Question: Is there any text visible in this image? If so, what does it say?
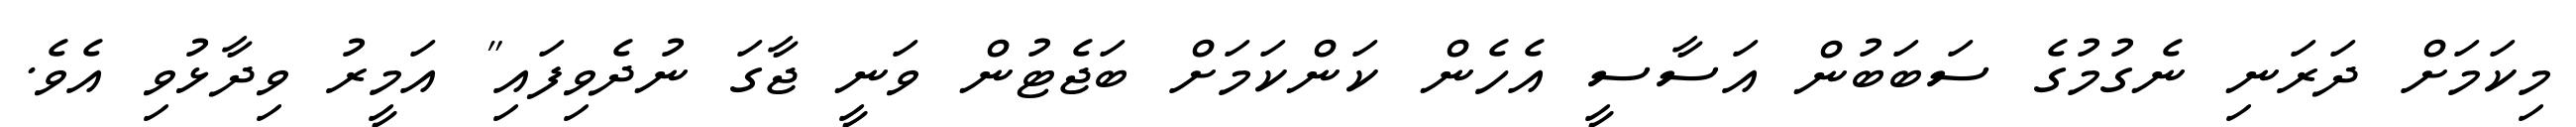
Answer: މިކަމަށް ދަރަނި ނެގުމުގެ ސަބަބުން އަސާސީ އެހެން ކަންކަމަށް ބަޖެޓުން ވަނީ ޖާގަ ނުދެވިފައި" އަމީރު ވިދާޅުވި އެވެ.